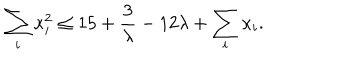
\sum _ { i } \kappa _ { i } ^ { 2 } \leq 1 5 + { \frac { 3 } { \lambda } } - 1 2 \lambda + \sum _ { i } \kappa _ { i } .